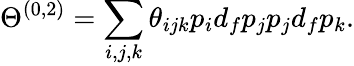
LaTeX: \Theta^{(0,2)}=\sum_{i,j,k}\theta_{ijk}p_{i}d_{f}p_{j}p_{j}d_{f}p_{k}.